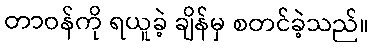
တာဝန်ကို ရယူခဲ့ ချိန်မှ စတင်ခဲ့သည်။